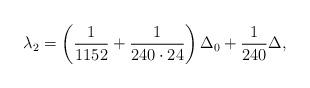
LaTeX: \begin{align*} \lambda_2=\left(\frac{1}{1152}+\frac{1}{240\cdot24}\right)\Delta_0+\frac{1}{240}\Delta,\end{align*}